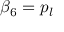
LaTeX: \beta _ { 6 } = p _ { l }